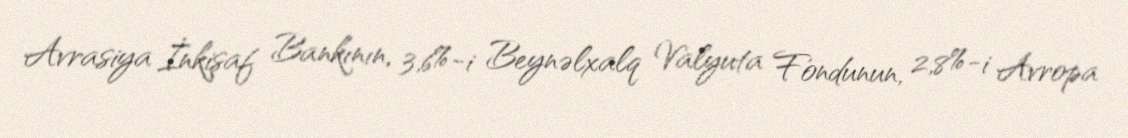
Avrasiya İnkişaf Bankının, 3,6%-i Beynəlxalq Valyuta Fondunun, 2,8%-i Avropa